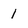
Character: 1